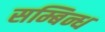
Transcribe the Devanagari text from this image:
सम्बिन्ध